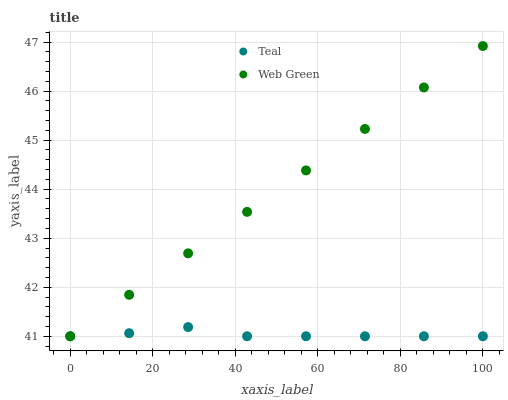
| xaxis_label | Teal | Web Green |
 | --- | --- | --- |
 | 0 | 41 | 41 |
 | 14.3 | 41.1 | 41.8 |
 | 28.6 | 41.2 | 42.7 |
 | 42.9 | 41 | 43.5 |
 | 57.1 | 41 | 44.4 |
 | 71.4 | 41 | 45.2 |
 | 85.7 | 41 | 46.1 |
 | 100 | 41 | 46.9 |